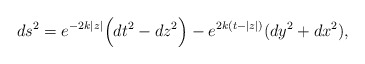
\begin{align*}ds^{2} = e^{-2k|z|} \Big(dt^{2} - dz^{2}\Big) - e^{2k(t - |z|)} (dy^{2} + dx^{2}),\end{align*}